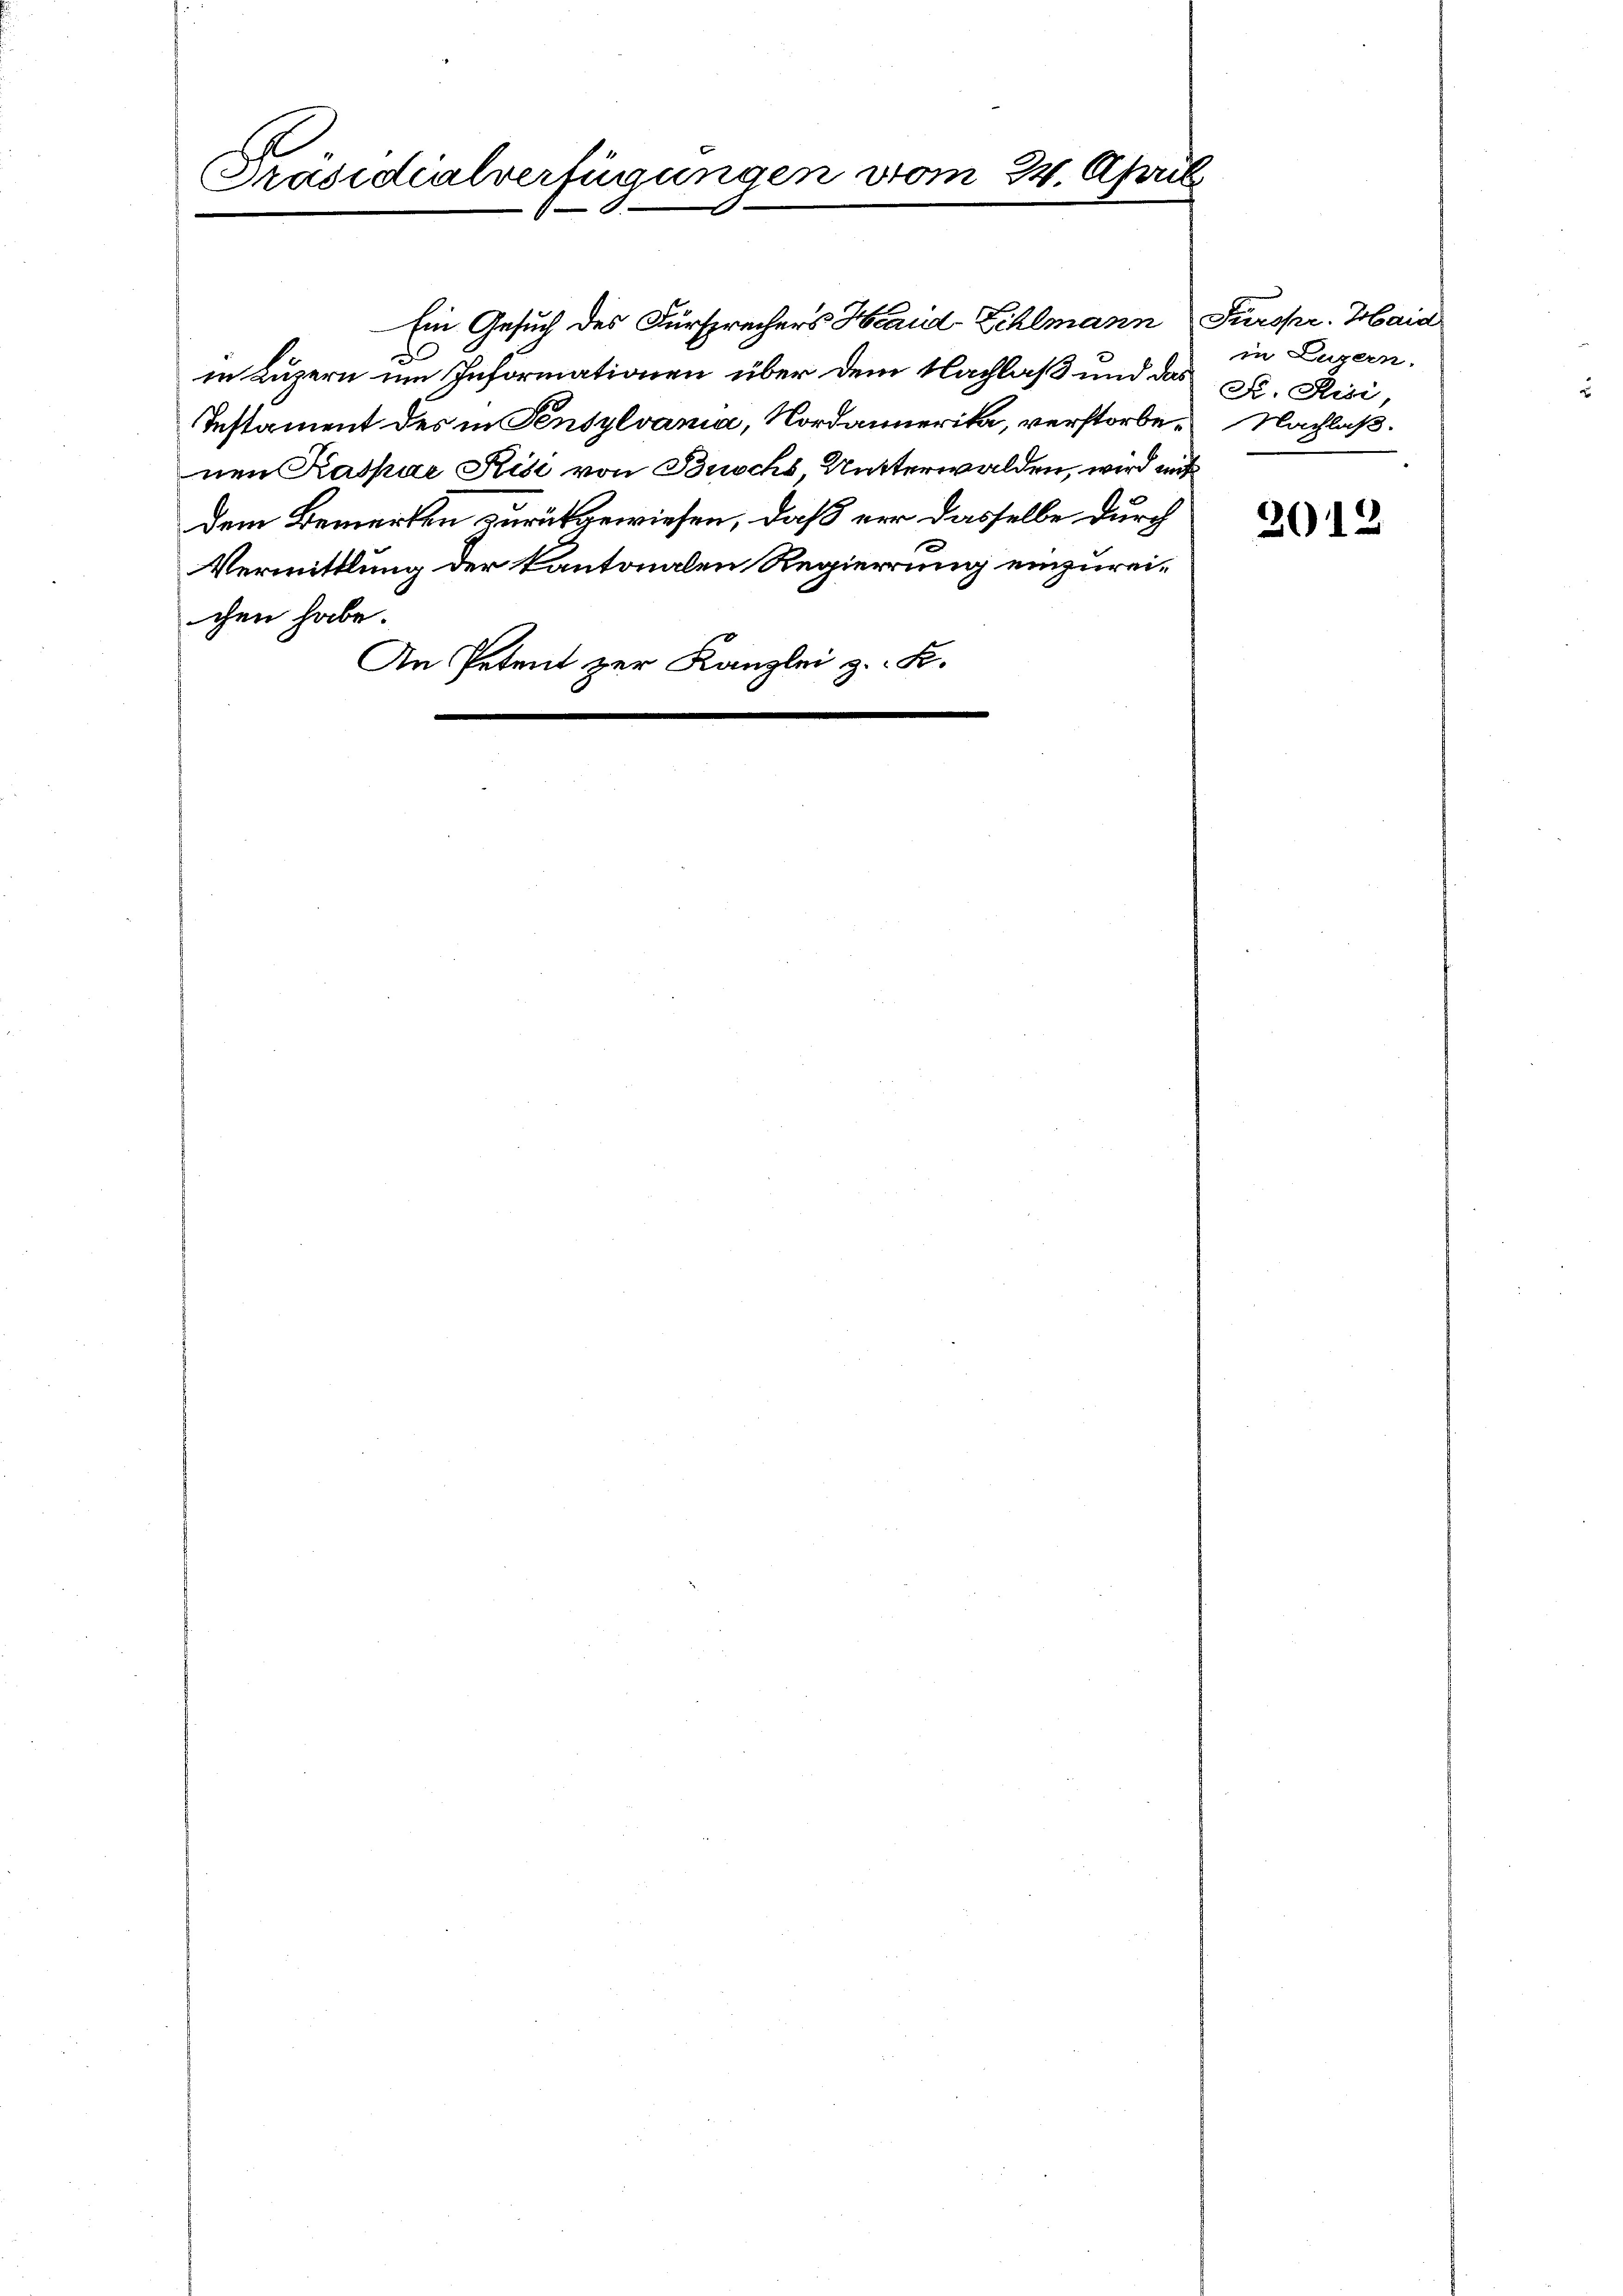
Präsidialverfügungen vom

22. April

Ein Gesuch des Fürsprechers Hand-Zihlmann Fürspr. Haid
.
in Luzern um Informationen über dem Nachlaß und das
Instament des in Pensylvania, Nordannerika, verstorbenen Kaspar Kisi von Buschs Mutterwalden, wird mit
dem Bemerken zurückgewiesen, daß vor dasselbe durch
Vermittlung der kantonalen Regierung einzureichen habe.
An Petent zur Kanzlei z. K.

in Luzern.
Fr. Risi,
Nachlaß.

2012